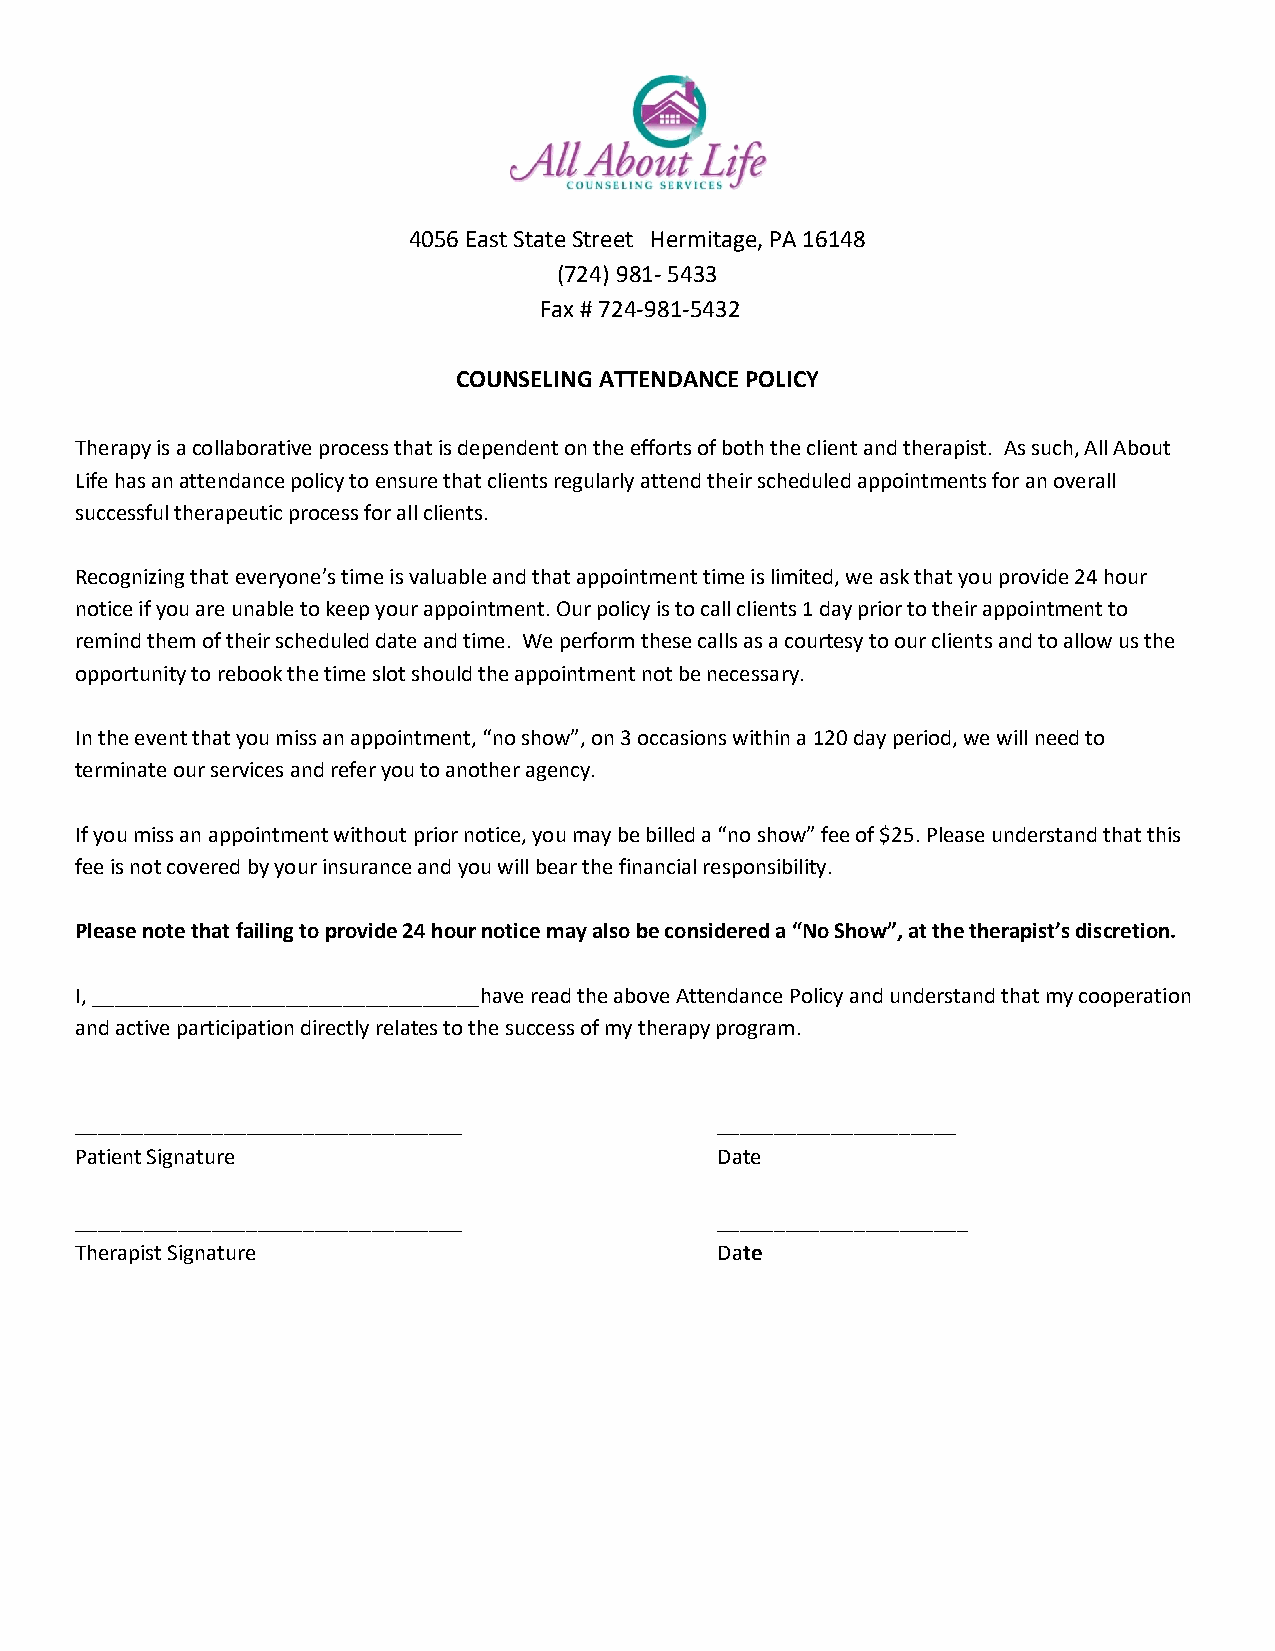
4056 East State Street Hermitage, PA 16148
 (724) 981- 5433
 Fax # 724-981-5432
 COUNSELING ATTENDANCE POLICY
 Therapy is a collaborative process that is dependent on the efforts of both the client and therapist. As such, All About
 Life has an attendance policy to ensure that clients regularly attend their scheduled appointments for an overall
 successful therapeutic process for all clients.
 Recognizing that everyone’s time is valuable and that appointment time is limited, we ask that you provide 24 hour
 notice if you are unable to keep your appointment. Our policy is to call clients 1 day prior to their appointment to
 remind them of their scheduled date and time. We perform these calls as a courtesy to our clients and to allow us the
 opportunity to rebook the time slot should the appointment not be necessary.
 In the event that you miss an appointment, “no show”, on 3 occasions within a 120 day period, we will need to
 terminate our services and refer you to another agency.
 If you miss an appointment without prior notice, you may be billed a “no show” fee of $25. Please understand that this
 fee is not covered by your insurance and you will bear the financial responsibility.
 Please note that failing to provide 24 hour notice may also be considered a “No Show”, at the therapist’s discretion.
 I, __________________________________have read the above Attendance Policy and understand that my cooperation
 and active participation directly relates to the success of my therapy program.
 __________________________________        _____________________
 Patient Signature                         Date
 __________________________________        ______________________
 Therapist Signature                        Date